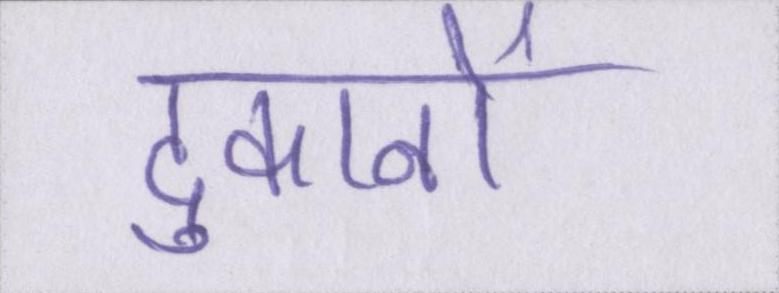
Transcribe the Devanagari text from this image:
दुकानों